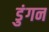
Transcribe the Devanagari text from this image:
डुंगन